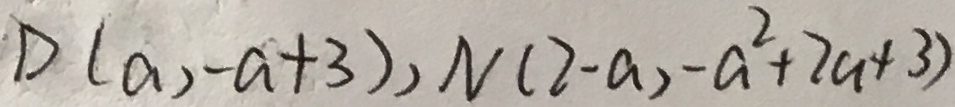
D ( a , - a + 3 ) , N ( 2 - a , - a ^ { 2 } + 2 a + 3 )